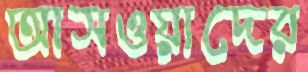
আসওয়াদের